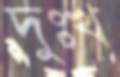
দুঃখ